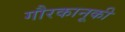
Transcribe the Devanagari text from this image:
गौरकानूकी